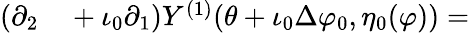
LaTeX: \begin{array}{rl}{(\partial_{2}}&{{}+\iota_{0}\partial_{1})Y^{(1)}(\theta+\iota_{0}\Delta\varphi_{0},\eta_{0}(\varphi))=}\end{array}